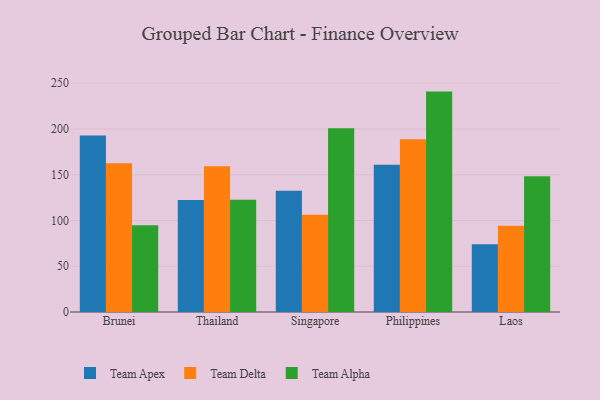
{"axis": {"x": "Country", "y": "Demand Index"}, "legend": ["Team Alpha", "Team Apex", "Team Delta"], "data": [{"x": "Brunei", "y": 193.0, "type": "Team Apex"}, {"x": "Brunei", "y": 162.5, "type": "Team Delta"}, {"x": "Brunei", "y": 94.8, "type": "Team Alpha"}, {"x": "Thailand", "y": 122.5, "type": "Team Apex"}, {"x": "Thailand", "y": 159.2, "type": "Team Delta"}, {"x": "Thailand", "y": 122.6, "type": "Team Alpha"}, {"x": "Singapore", "y": 132.6, "type": "Team Apex"}, {"x": "Singapore", "y": 106.4, "type": "Team Delta"}, {"x": "Singapore", "y": 200.9, "type": "Team Alpha"}, {"x": "Philippines", "y": 161.0, "type": "Team Apex"}, {"x": "Philippines", "y": 188.9, "type": "Team Delta"}, {"x": "Philippines", "y": 240.9, "type": "Team Alpha"}, {"x": "Laos", "y": 74.0, "type": "Team Apex"}, {"x": "Laos", "y": 94.3, "type": "Team Delta"}, {"x": "Laos", "y": 148.4, "type": "Team Alpha"}]}